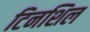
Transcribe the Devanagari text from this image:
टिनशिल